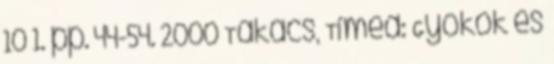
10 1. pp. 44-54. 2000 Takács, Tímea: Gyökök és